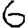
Digit: 6